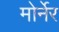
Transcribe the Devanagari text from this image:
मोर्नेर